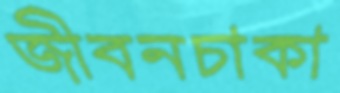
জীবনচাকা